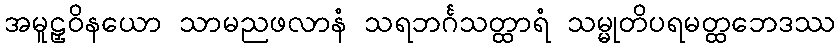
အမူဠှဝိနယော သာမညဖလာနံ သရဘင်္ဂသတ္ထာရံ သမ္မုတိပရမတ္ထဘေဒဿ